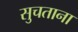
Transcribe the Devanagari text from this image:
सुचताना